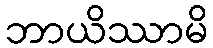
ဘာယိဿာမိ